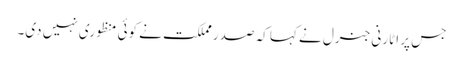
جس پر اٹارنی جنرل نے کہا کہ صدر مملکت نے کوئی منظوری نہیں دی۔